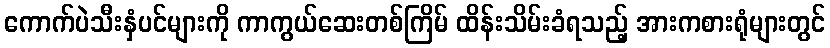
ကောက်ပဲသီးနှံပင်များကို ကာကွယ်ဆေးတစ်ကြိမ် ထိန်းသိမ်းခံရသည့် အားကစားရုံများတွင်